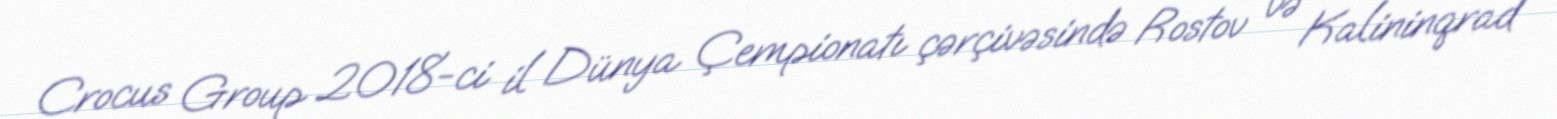
Crocus Group 2018-ci il Dünya Çempionatı çərçivəsində Rostov və Kalininqrad